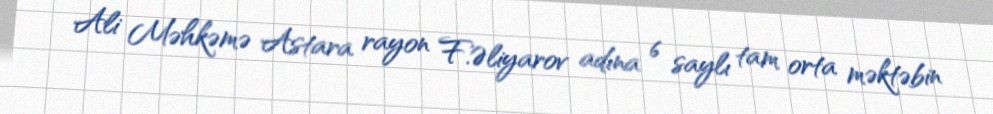
Ali Məhkəmə Astara rayon F.Əliyarov adına 6 saylı tam orta məktəbin